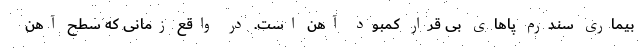
بیماری سندرم پاهای بی قرار کمبود آهن است. در واقع زمانی که سطح آهن